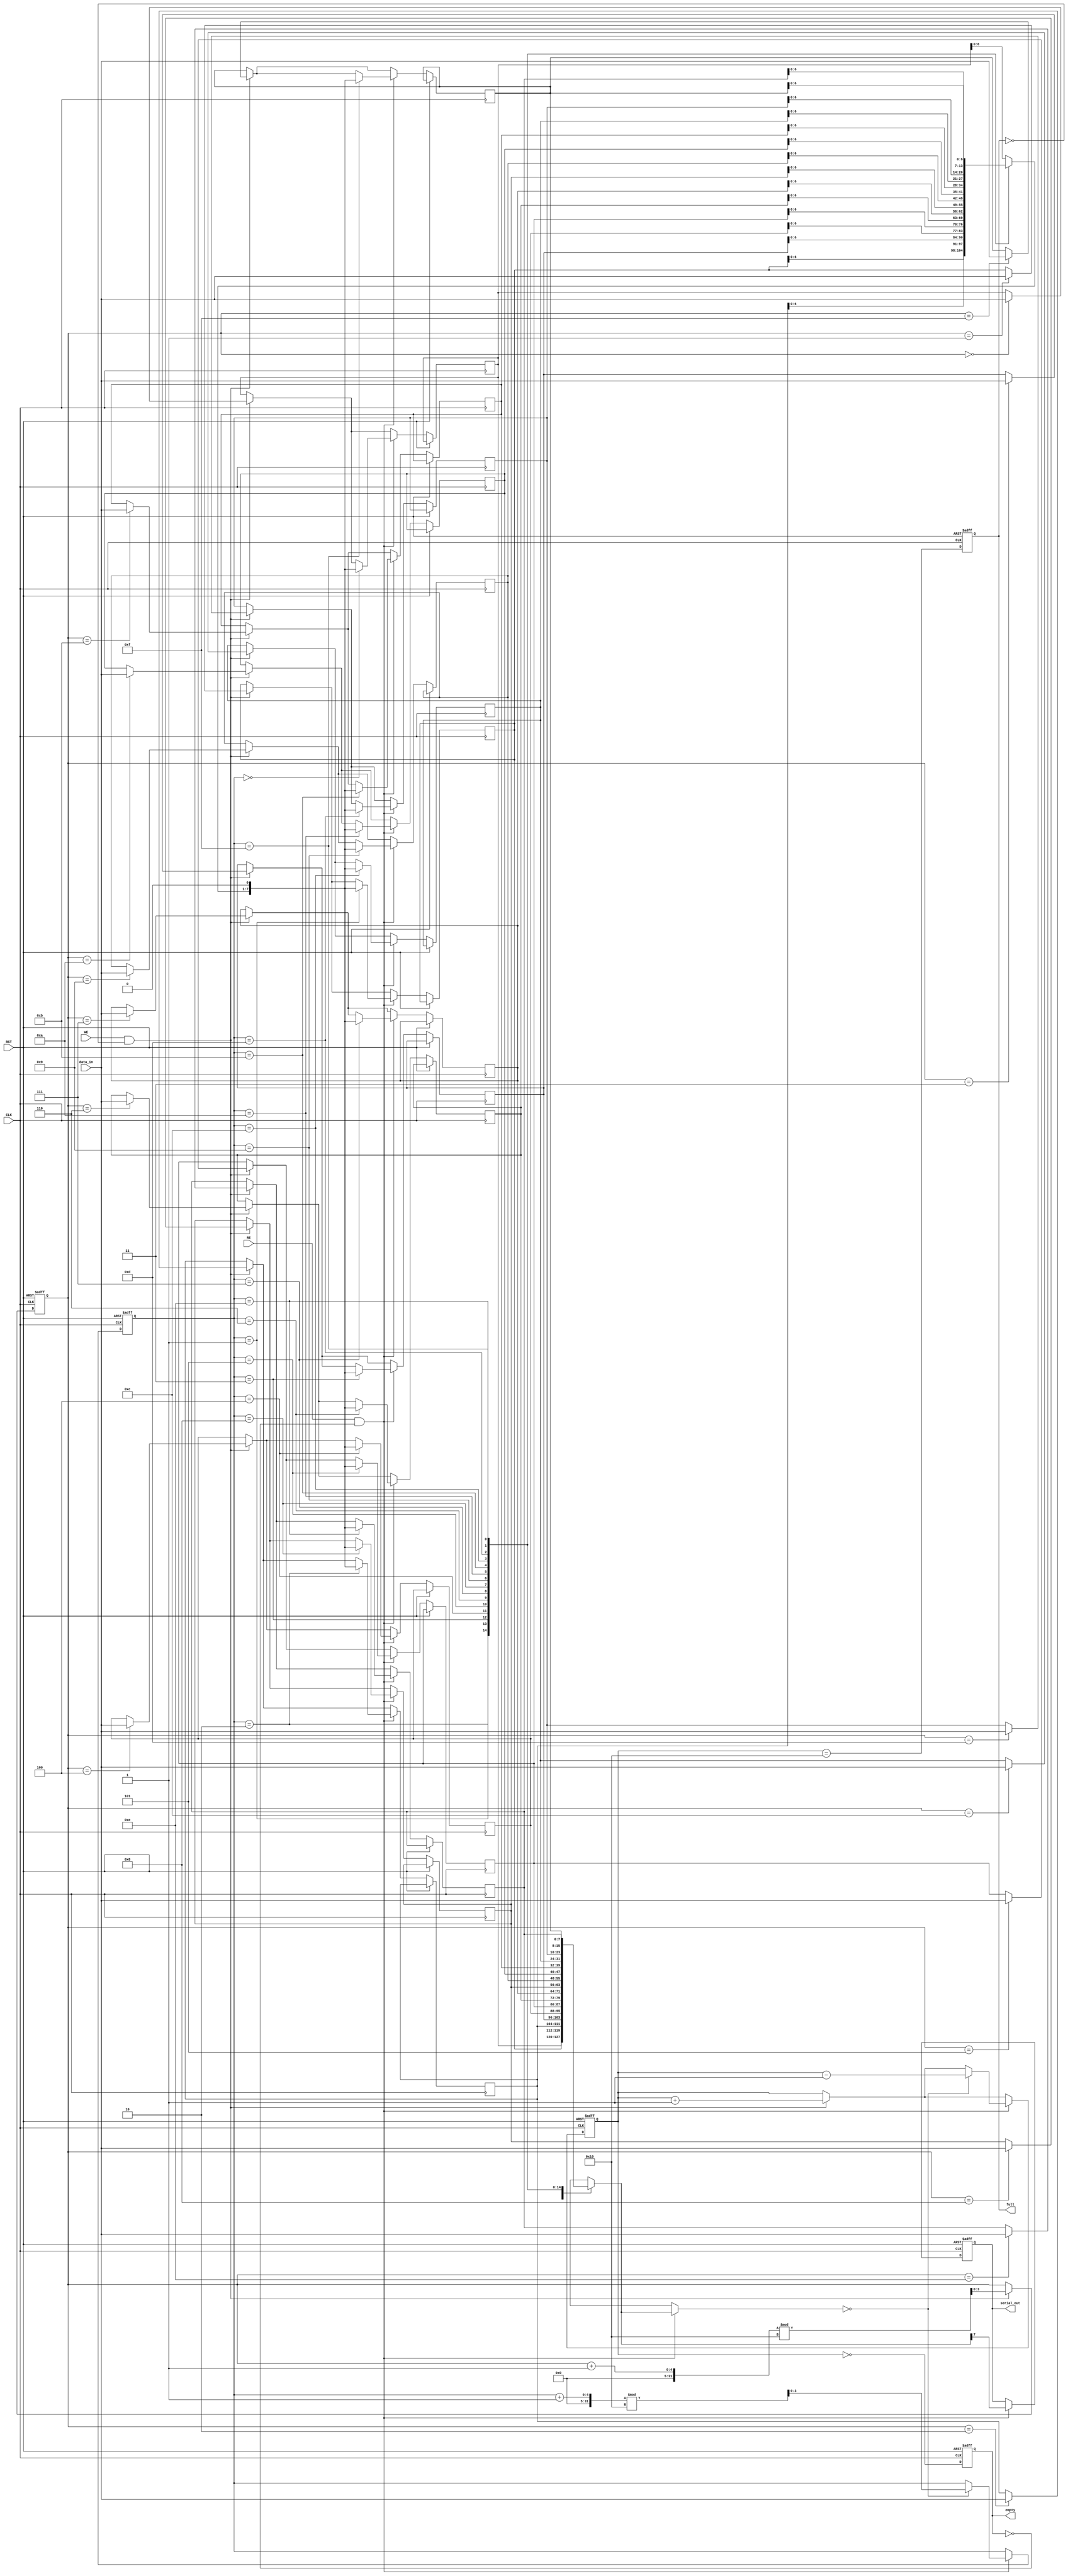
module FIFO_PISO #(
    parameter N = 8,         // Width of the data
    parameter DEPTH = 16     // Depth of the FIFO
)(
    input wire [N-1:0] data_in, // Parallel input data
    input wire WE,              // Write Enable
    input wire RE,              // Read Enable
    input wire CLK,             // Clock
    input wire RST,             // Reset
    output reg serial_out,      // Serial output
    output reg full,            // Full flag
    output reg empty            // Empty flag
);

    // Internal storage for the FIFO
    reg [N-1:0] fifo_mem [0:DEPTH-1];
    reg [3:0] write_ptr;  // Write pointer (4 bits for depth up to 16)
    reg [3:0] read_ptr;   // Read pointer (4 bits for depth up to 16)
    reg [4:0] count;      // Number of elements in the FIFO

    // Asynchronous reset
    always @(posedge CLK or posedge RST) begin
        if (RST) begin
            write_ptr <= 0;
            read_ptr <= 0;
            count <= 0;
            full <= 0;
            empty <= 1;
            serial_out <= 0;
        end else begin
            // Write Logic
            if (WE && !full) begin
                fifo_mem[write_ptr] <= data_in;
                write_ptr <= (write_ptr + 1) % DEPTH;
                count <= count + 1;
            end
            
            // Read Logic
            if (RE && !empty) begin
                serial_out <= fifo_mem[read_ptr][N-1]; // Output the MSB first
                fifo_mem[read_ptr] <= {fifo_mem[read_ptr][N-2:0], 1'b0}; // Shift left
                if (fifo_mem[read_ptr] == 0) begin
                    read_ptr <= (read_ptr + 1) % DEPTH;
                    count <= count - 1;
                end
            end
            
            // Update full and empty flags
            full <= (count == DEPTH);
            empty <= (count == 0);
        end
    end

endmodule